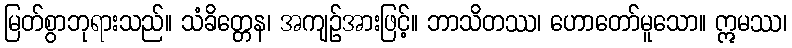
မြတ်စွာဘုရားသည်။ သံခိတ္တေန၊ အကျဉ်အားဖြင့်။ ဘာသိတဿ၊ ဟောတော်မူသော။ ဣမဿ၊